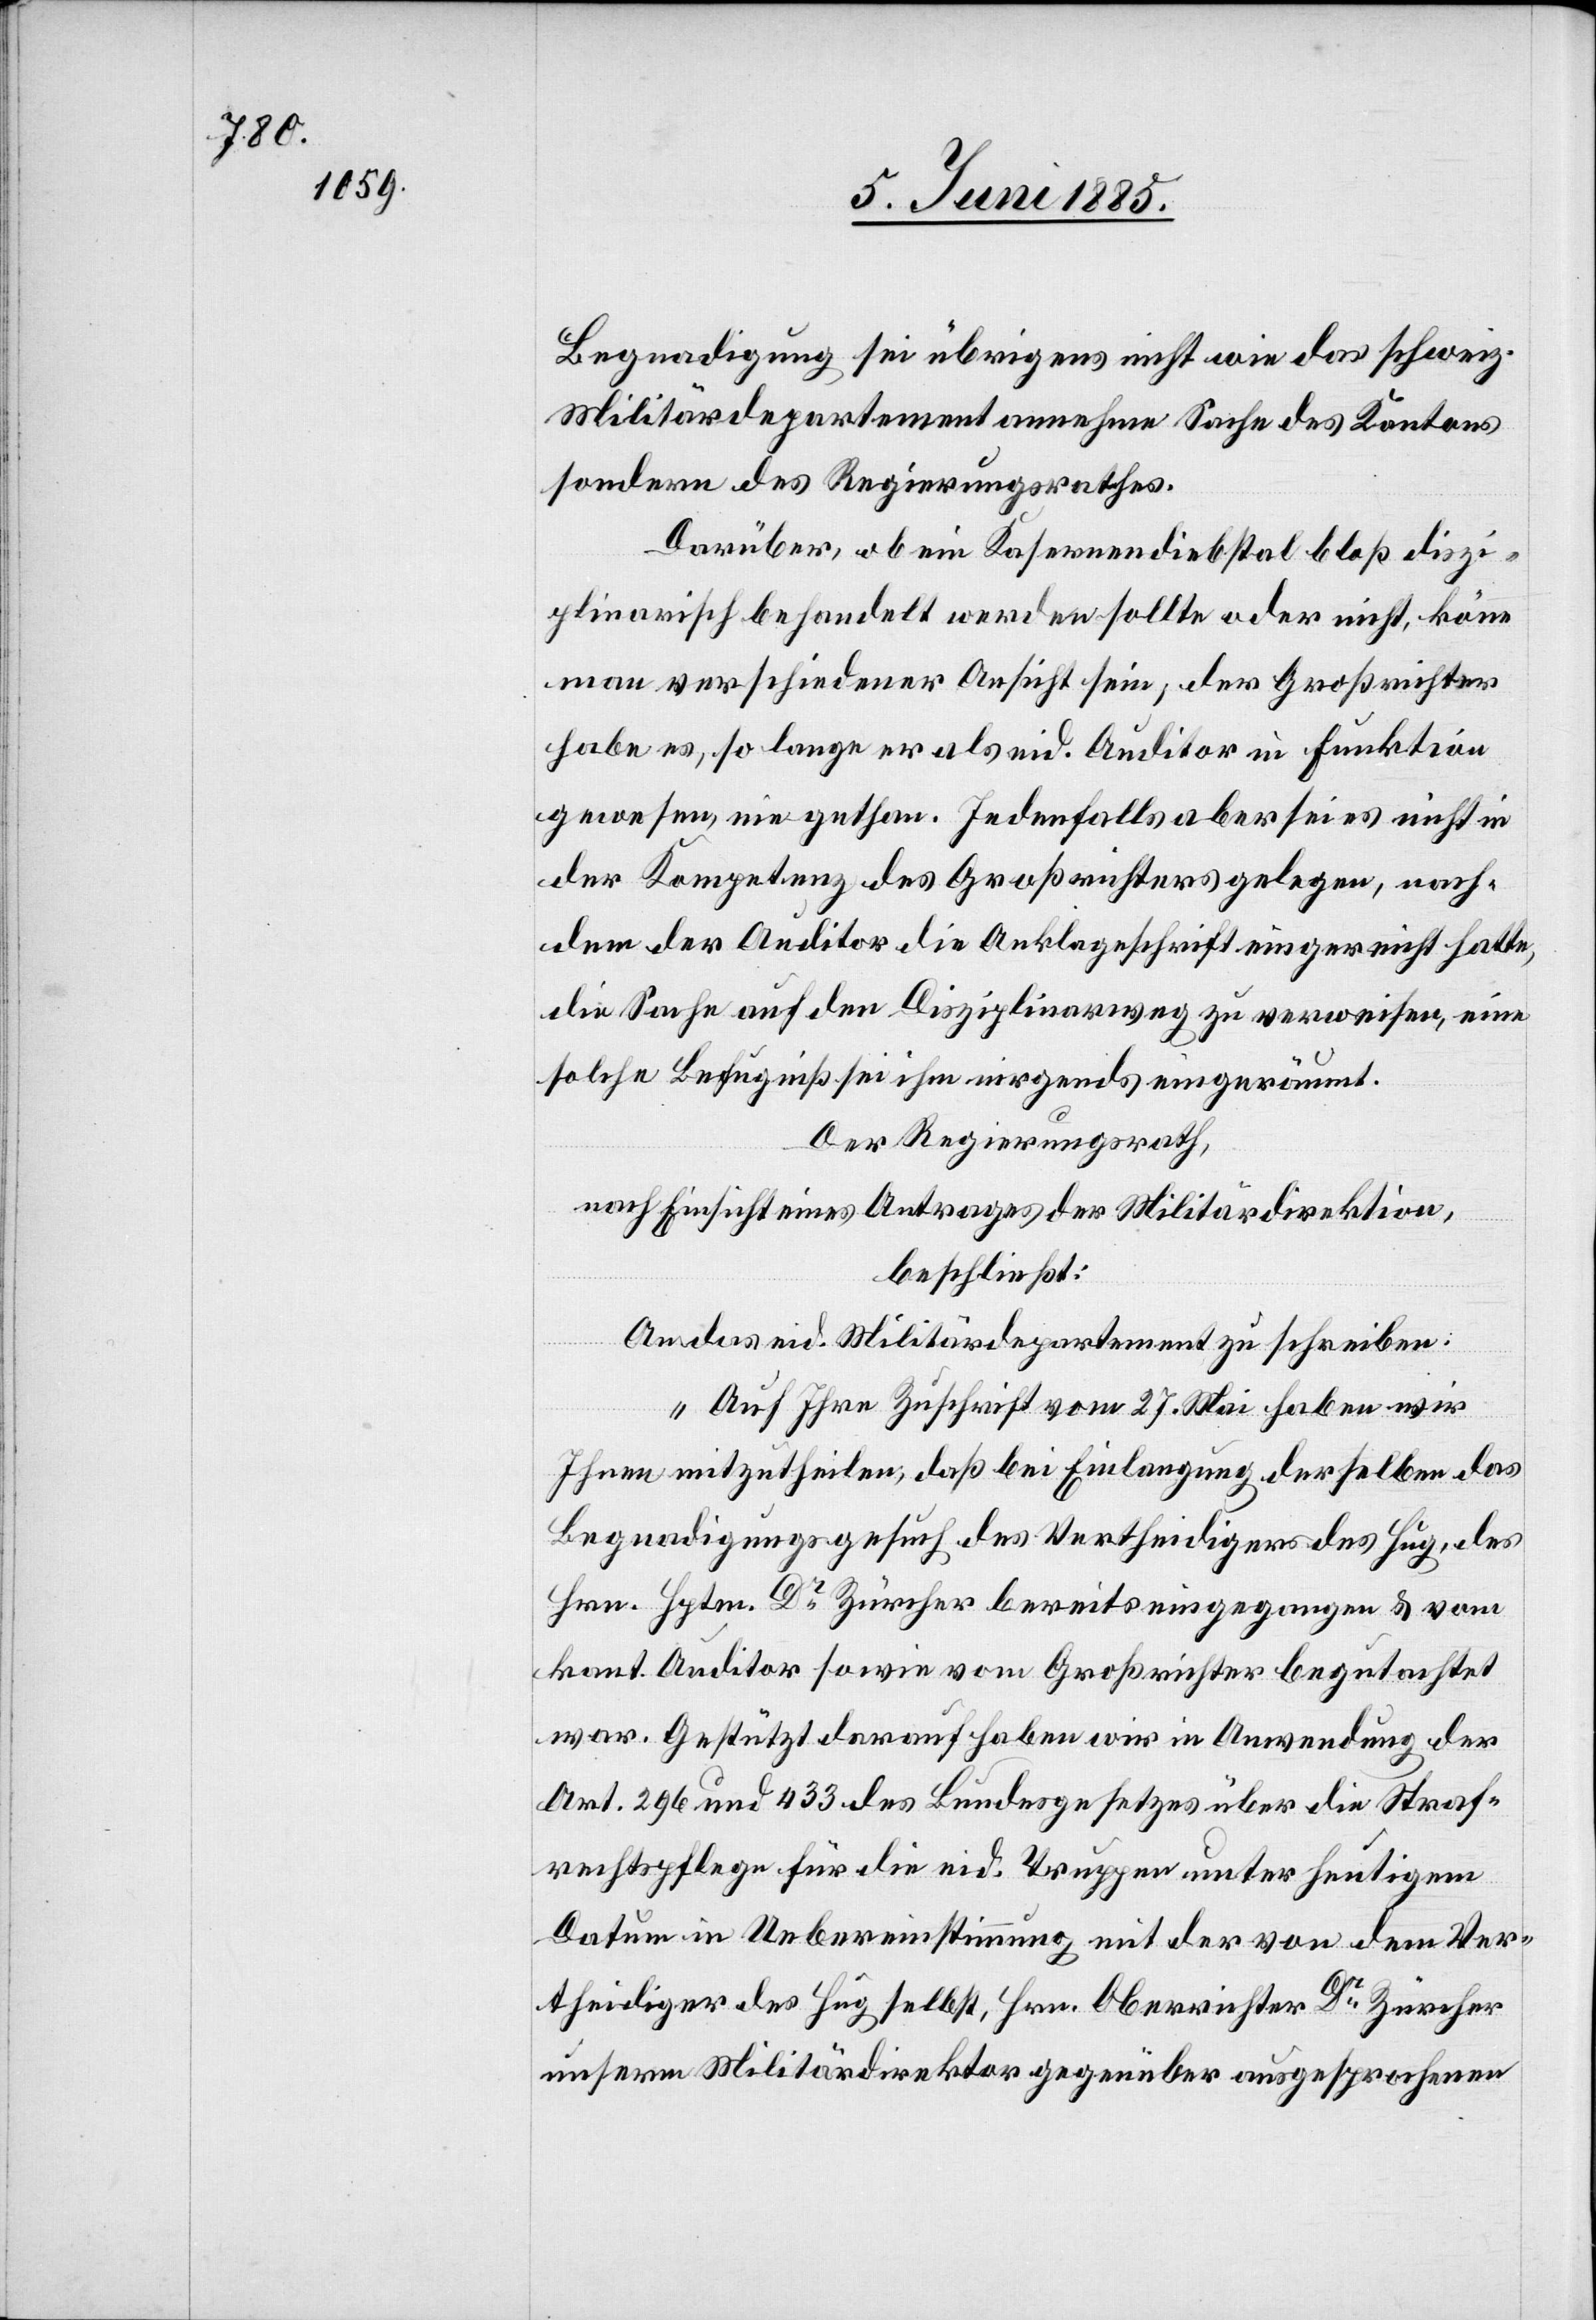
Begnadigung sei übrigens nicht wie das schweiz.
Militärdepartement annehme Sache des Kantons
sondern des Regierungsrathes.
Darüber, ob ein Kasernendiebstal bloß diszi¬
plinarisch behandelt werden sollte oder nicht, könne
man verschiedener Ansicht sein, der Großrichter
habe es, so lange er als eid. Auditor in Funktion
gewesen, nie gethan. Jedenfalls aber sei es nicht in
der Kompetenz des Großrichters gelegen, nach¬
dem der Auditor die Anklageschrift eingereicht hatte,
die Sache auf den Disziplinarweg zu verweisen, eine
solche Befugniß sei ihm nirgends eingeräumt.
Der Regierungsrath,
nach Einsicht eines Antrages der Militärdirektion,
beschließt:
An das eid, Militärdepartement zu schreiben:
„Auf Ihre Zuschrift vom 27. Mai haben wir
Ihnen mitzutheilen, daß bei Einlangung derselben das
Begnadigungsgesuch des Vertheidigers des Hug, des
Hrn. Hptm. Dr Zürcher bereits eingegangen & vom
kant. Auditor sowie vom Großrichter begutachtet
war. Gestützt darauf haben wir in Anwendung der
Art. 296 und 433 des Bundesgesetzes über die Straf¬
rechtspflege für die eid. Truppen unter heutigem
Datum in Uebereinstimmung mit der von dem Ver¬
theidiger des Hug selbst, Hrn. Oberrichter Dr Zürcher
unserm Militärdirektor gegenüber ausgesprochenen